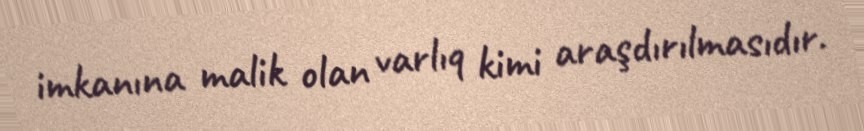
imkanına malik olan varlıq kimi araşdırılmasıdır.